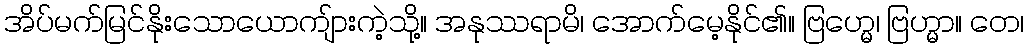
အိပ်မက်မြင်နိုးသောယောကျ်ားကဲ့သို့။ အနုဿရာမိ၊ အောက်မေ့နိုင်၏။ ဗြဟ္မေ၊ ဗြဟ္မာ။ တေ၊